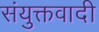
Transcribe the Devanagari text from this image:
संयुक्तवादी